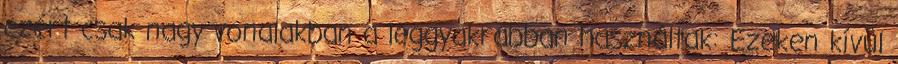
ezért csak nagy vonalakban a leggyakrabban használtak: Ezeken kívül